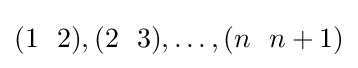
(1~~2),(2~~3),\dots ,(n~~n+1)